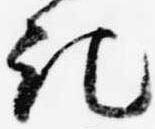
記